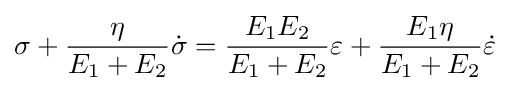
\sigma +{\frac {\eta }{E_{1}+E_{2}}}{\dot {\sigma }}={\frac {E_{1}E_{2}}{E_{1}+E_{2}}}\varepsilon +{\frac {E_{1}\eta }{E_{1}+E_{2}}}{\dot {\varepsilon }}